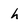
Character: h